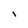
Character: I